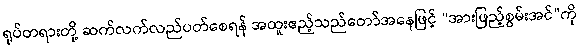
ရုပ်တရားတို့ ဆက်လက်လည်ပတ်စေရန် အထူးဧည့်သည်တော်အနေဖြင့် “အားဖြည့်စွမ်းအင်”ကို